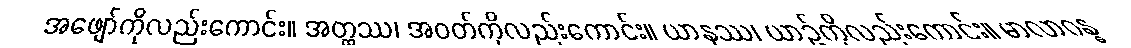
အဖျော်ကိုလည်းကောင်း။ အတ္ထဿ၊ အဝတ်ကိုလည်းကောင်း။ ယာနဿ၊ ယာဉ်ကိုလည်းကောင်း။ မာလာဂန္ဓ